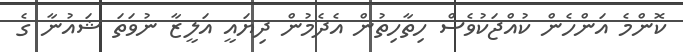
ކޮންމެ އަންހެން ކުއްޖަކުވެސް ހިތާހިތުން އެދެމުން ދިޔައީ އަލީޒާ ނުވަތަ ޝައުނާ ގެ